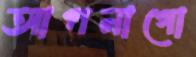
আপনাগো